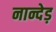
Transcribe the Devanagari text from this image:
नान्देड़